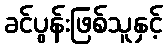
ခင်ပွန်းဖြစ်သူနှင့်